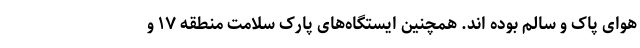
هوای پاک و سالم بوده اند. همچنین ایستگاه‌های پارک سلامت منطقه ۱۷ و